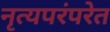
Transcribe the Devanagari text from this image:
नृत्यपरंपरेत